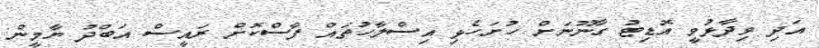
އަދި ވިދާޅުވީ އޮޑިޓު ގާނޫނަށް ހުށަހެޅި އިސްލާހުތައް ފާސްކޮށް ރައީސް އަބްދު ޔާމީން